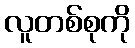
လူတစ်စုကို